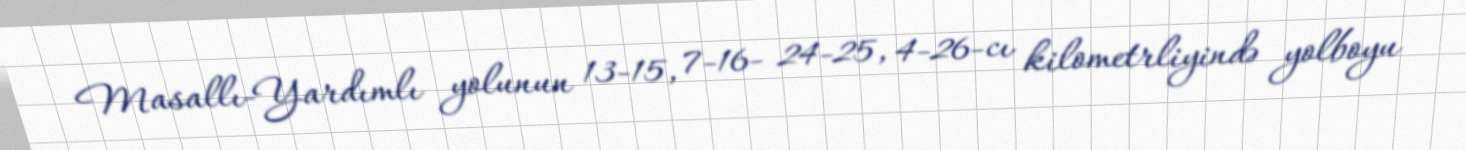
Masallı-Yardımlı yolunun 13-15, 7-16- 24-25, 4-26-cı kilometrliyində yolboyu